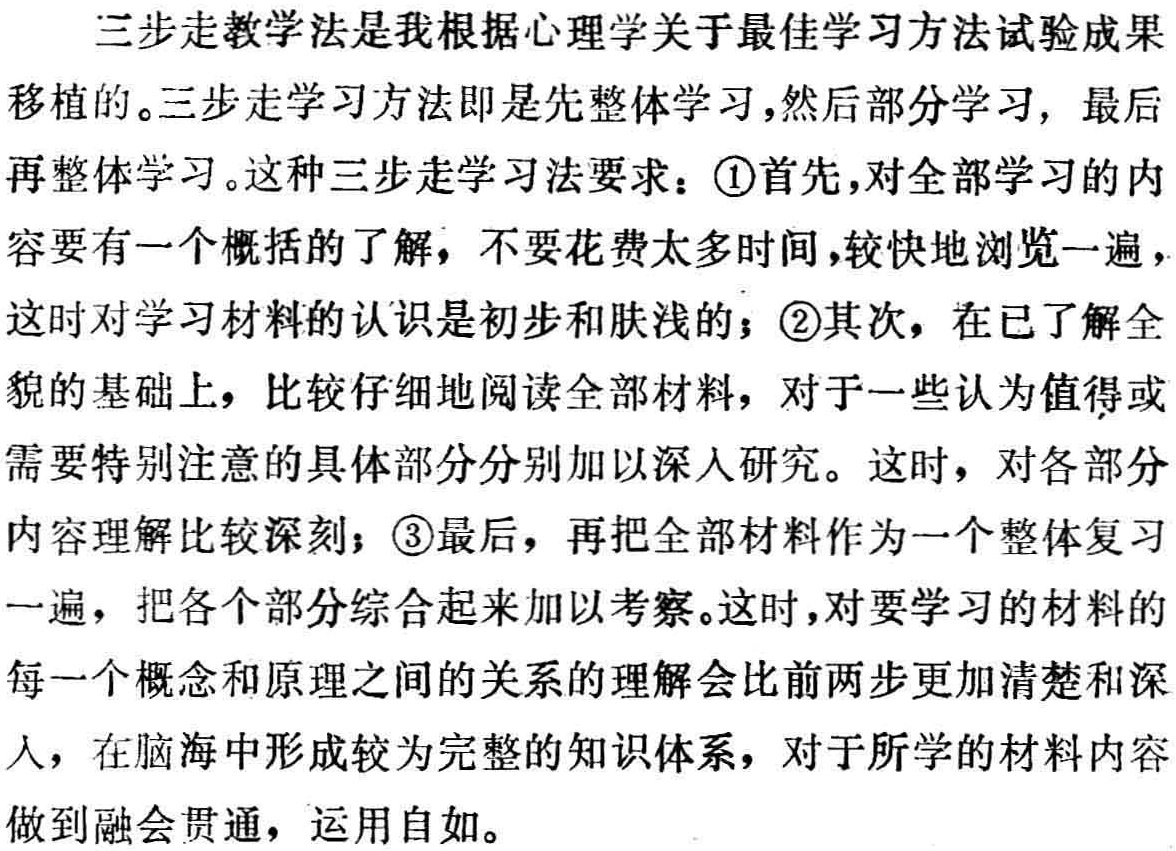
三步走教学法是我根据心理学关于最佳学习方法试验成果

移植的。三步走学习方法即是先整体学习,然后部分学习, 最后

再整体学习。这种三步走学习法要求：\textcircled{1}首先,对全部学习的内

容要有一个概括的了解，不要花费太多时间,较快地浏览一遍，

这时对学习材料的认识是初步和肤浅的；\textcircled{2}其次，在已了解全

貌的基础上，比较仔细地阅读全部材料，对于一些认为值得或

需要特别注意的具体部分分别加以深入研究。这时，对各部分

内容理解比较深刻；\textcircled{3}最后，再把全部材料作为一个整体复习

一遍，把各个部分综合起来加以考察。这时，对要学习的材料的

每一个概念和原理之间的关系的理解会比前两步更加清楚和深

入，在脑海中形成较为完整的知识体系，对于所学的材料内容

做到融会贯通，运用自如。